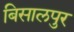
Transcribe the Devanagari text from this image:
बिसालपुर